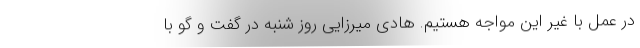
در عمل با غیر این مواجه هستیم. هادی میرزایی روز شنبه در گفت و گو با